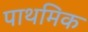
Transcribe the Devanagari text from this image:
पाथमिक